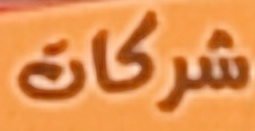
شركات